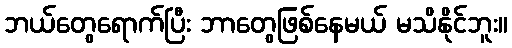
ဘယ်တွေရောက်ပြီး ဘာတွေဖြစ်နေမယ် မသိနိုင်ဘူး။